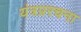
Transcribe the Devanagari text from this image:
यंत्रप्ररचना